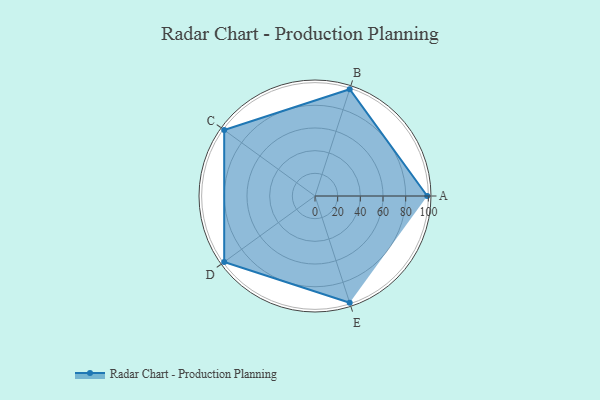
{"axis": {"x": "Skill", "y": "Score"}, "legend": ["Profile"], "data": [{"x": "A", "y": 99, "type": "Profile"}, {"x": "B", "y": 99, "type": "Profile"}, {"x": "C", "y": 99, "type": "Profile"}, {"x": "D", "y": 99, "type": "Profile"}, {"x": "E", "y": 99, "type": "Profile"}]}